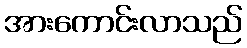
အားကောင်းလာသည်